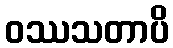
ဝဿသတာပိ